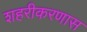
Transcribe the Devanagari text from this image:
शहरीकरणास